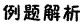
例题解析